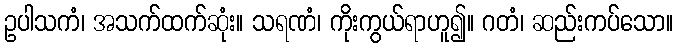
ဥပါသကံ၊ အသက်ထက်ဆုံး။ သရဏံ၊ ကိုးကွယ်ရာဟူ၍။ ဂတံ၊ ဆည်းကပ်သော။